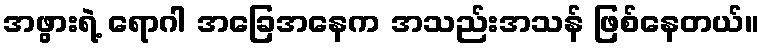
အဖွားရဲ့ ရောဂါ အခြေအနေက အသည်းအသန် ဖြစ်နေတယ်။